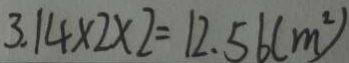
3 . 1 4 \times 2 \times 2 = 1 2 . 5 6 ( m ^ { 2 } )